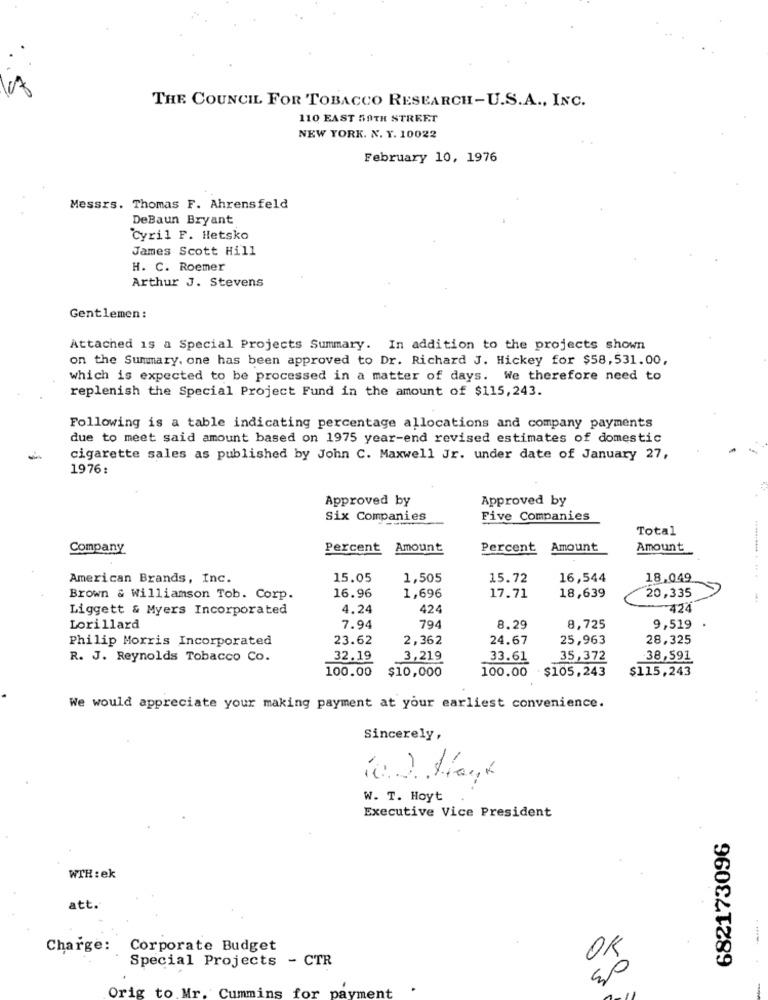
A
THE COUNCIL FOR TOBACCO RESEARCH-U.S.A ., INC.
110 EAST 59TH STREET
NEW YORK. N. Y. 10022
February 10, 1976
Messrs. Thomas F. Ahrensfeld
DeBaun Bryant
Cyril F. Hetsko
James Scott Hill
H. C. Roemer
Arthur J. Stevens
Gentlemen :
Attached is a Special Projects Summary. In addition to the projects shown
on the Summary. one has been approved to Dr. Richard J. Hickey for $58,531.00,
which is expected to be processed in a matter of days. We therefore need to
replenish the Special Project Fund in the amount of $115,243.
Following is a table indicating percentage allocations and company payments
due to meet said amount based on 1975 year-end revised estimates of domestic
cigarette sales as published by John C. Maxwell Jr. under date of January 27,
1976:
Approved by
Approved by
Six Companies
Five Companies
Total
Company
Percent
Amount
Percent
Amount
Amount
American Brands, Inc.
15.05
1,505
15.72
16,544
18,049
Brown & Williamson Tob. Corp.
16.96
1,696
17.71
18,639
20,335
Liggett & Myers Incorporated
4.24
424
424
Lorillard
7.94
794
8.29
8,725
9,519
Philip Morris Incorporated
23.62
2,362
24.67
25,963
28,325
R. J. Reynolds Tobacco Co.
32.19
3,219
33.61
35,372
38,591
100.00
$10,000
100.00 $105,243
$115,243
We would appreciate your making payment at your earliest convenience.
Sincerely,
W. T. Hoyt
Executive Vice President
682173096
WTH : ek
att.
Charge: Corporate Budget
Special Projects - CTR
Orig to Mr.'
Cummins for payment